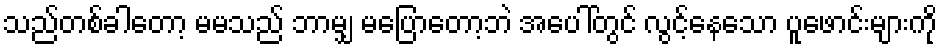
သည်တစ်ခါတော့ မမသည် ဘာမျှ မပြောတော့ဘဲ အပေါ်တွင် လွင့်နေသော ပူဖောင်းများကို